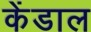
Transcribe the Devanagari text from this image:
केंडाल